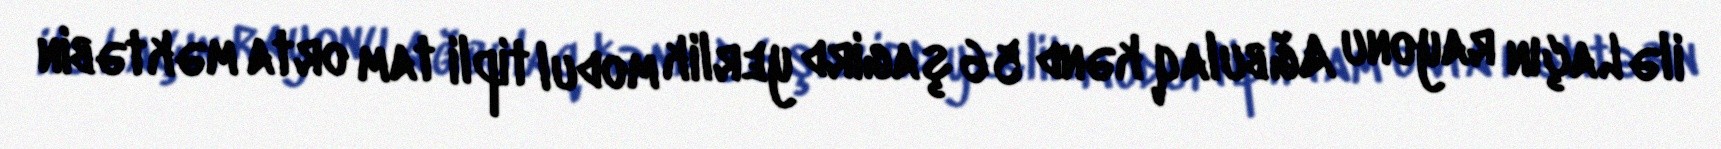
ilə Laçın rayonu Ağbulaq kənd 56 şagird yerlik modul tipli tam orta məktəbin